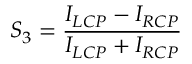
S _ { 3 } = \frac { I _ { L C P } - I _ { R C P } } { I _ { L C P } + I _ { R C P } }